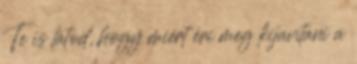
Te is látod, hogy miért éri meg kijavítani a